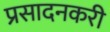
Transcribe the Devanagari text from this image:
प्रसादनकरी